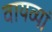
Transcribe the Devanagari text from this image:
वायव्यां